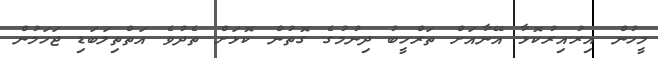
މީހުން އިރުއިރުކޮޅާ އޭނާއަށް ތަރްހީބު ދިނުމުގެ ގޮތުން ކޮޅަށް ތެދުވެ އަތްތިލަބަޑި ޖަހަމުން